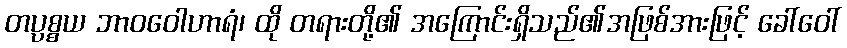
တပ္ပစ္စယ ဘာဝဝေါဟာရံ၊ ထို တရားတို့၏ အကြောင်းရှိသည်၏အဖြစ်အားဖြင့် ခေါ်ဝေါ်